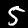
Label: 5